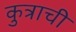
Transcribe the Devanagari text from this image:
कुत्राची